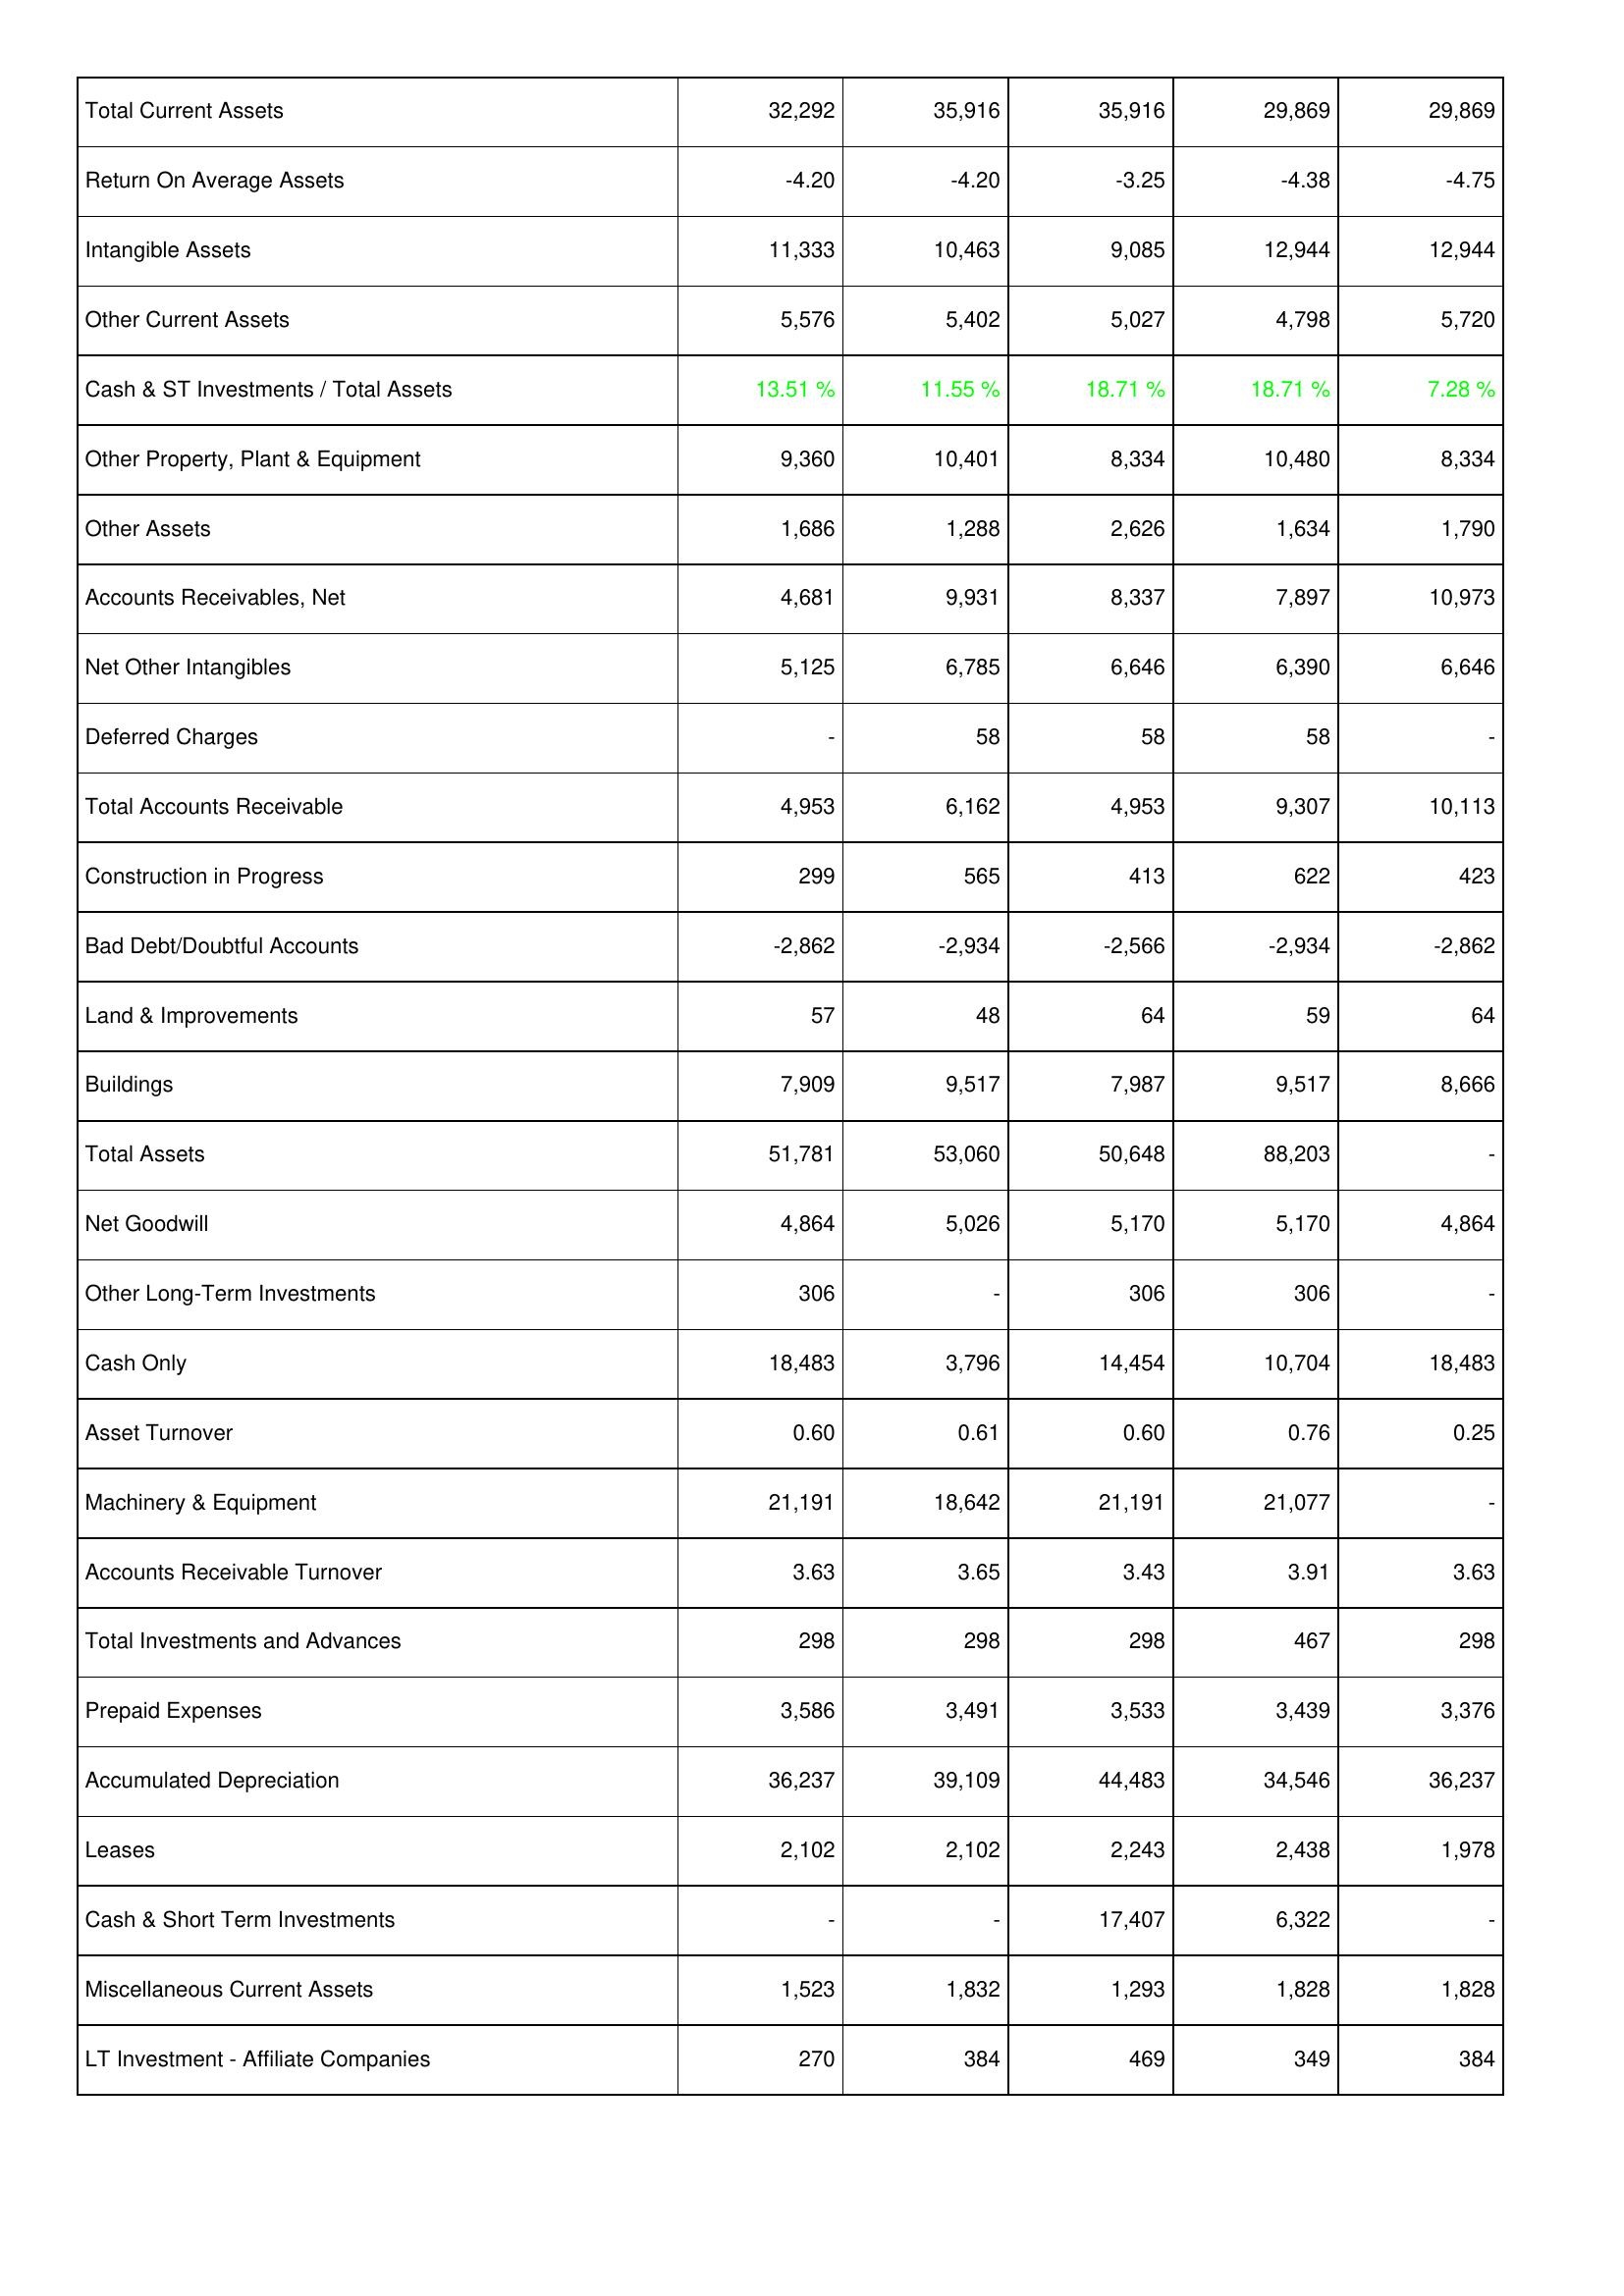
2010: Assets: Total Current Assets: 32,292
Return On Average Assets: -4.20
Intangible Assets: 11,333
Other Current Assets: 5,576
Cash & ST Investments / Total Assets: 13.51 %
Other Property, Plant & Equipment: 9,360
Other Assets: 1,686
Accounts Receivables, Net: 4,681
Net Other Intangibles: 5,125
Deferred Charges: -
Total Accounts Receivable: 4,953
Construction in Progress: 299
Bad Debt/Doubtful Accounts: -2,862
Land & Improvements: 57
Buildings: 7,909
Total Assets: 51,781
Net Goodwill: 4,864
Other Long-Term Investments: 306
Cash Only: 18,483
Asset Turnover: 0.60
Machinery & Equipment: 21,191
Accounts Receivable Turnover: 3.63
Total Investments and Advances: 298
Prepaid Expenses: 3,586
Accumulated Depreciation: 36,237
Leases: 2,102
Cash & Short Term Investments: -
Miscellaneous Current Assets: 1,523
LT Investment - Affiliate Companies: 270
2009: Assets: Total Current Assets: 35,916
Return On Average Assets: -4.20
Intangible Assets: 10,463
Other Current Assets: 5,402
Cash & ST Investments / Total Assets: 11.55 %
Other Property, Plant & Equipment: 10,401
Other Assets: 1,288
Accounts Receivables, Net: 9,931
Net Other Intangibles: 6,785
Deferred Charges: 58
Total Accounts Receivable: 6,162
Construction in Progress: 565
Bad Debt/Doubtful Accounts: -2,934
Land & Improvements: 48
Buildings: 9,517
Total Assets: 53,060
Net Goodwill: 5,026
Other Long-Term Investments: -
Cash Only: 3,796
Asset Turnover: 0.61
Machinery & Equipment: 18,642
Accounts Receivable Turnover: 3.65
Total Investments and Advances: 298
Prepaid Expenses: 3,491
Accumulated Depreciation: 39,109
Leases: 2,102
Cash & Short Term Investments: -
Miscellaneous Current Assets: 1,832
LT Investment - Affiliate Companies: 384
2008: Assets: Total Current Assets: 35,916
Return On Average Assets: -3.25
Intangible Assets: 9,085
Other Current Assets: 5,027
Cash & ST Investments / Total Assets: 18.71 %
Other Property, Plant & Equipment: 8,334
Other Assets: 2,626
Accounts Receivables, Net: 8,337
Net Other Intangibles: 6,646
Deferred Charges: 58
Total Accounts Receivable: 4,953
Construction in Progress: 413
Bad Debt/Doubtful Accounts: -2,566
Land & Improvements: 64
Buildings: 7,987
Total Assets: 50,648
Net Goodwill: 5,170
Other Long-Term Investments: 306
Cash Only: 14,454
Asset Turnover: 0.60
Machinery & Equipment: 21,191
Accounts Receivable Turnover: 3.43
Total Investments and Advances: 298
Prepaid Expenses: 3,533
Accumulated Depreciation: 44,483
Leases: 2,243
Cash & Short Term Investments: 17,407
Miscellaneous Current Assets: 1,293
LT Investment - Affiliate Companies: 469
2007: Assets: Total Current Assets: 29,869
Return On Average Assets: -4.38
Intangible Assets: 12,944
Other Current Assets: 4,798
Cash & ST Investments / Total Assets: 18.71 %
Other Property, Plant & Equipment: 10,480
Other Assets: 1,634
Accounts Receivables, Net: 7,897
Net Other Intangibles: 6,390
Deferred Charges: 58
Total Accounts Receivable: 9,307
Construction in Progress: 622
Bad Debt/Doubtful Accounts: -2,934
Land & Improvements: 59
Buildings: 9,517
Total Assets: 88,203
Net Goodwill: 5,170
Other Long-Term Investments: 306
Cash Only: 10,704
Asset Turnover: 0.76
Machinery & Equipment: 21,077
Accounts Receivable Turnover: 3.91
Total Investments and Advances: 467
Prepaid Expenses: 3,439
Accumulated Depreciation: 34,546
Leases: 2,438
Cash & Short Term Investments: 6,322
Miscellaneous Current Assets: 1,828
LT Investment - Affiliate Companies: 349
2006: Assets: Total Current Assets: 29,869
Return On Average Assets: -4.75
Intangible Assets: 12,944
Other Current Assets: 5,720
Cash & ST Investments / Total Assets: 7.28 %
Other Property, Plant & Equipment: 8,334
Other Assets: 1,790
Accounts Receivables, Net: 10,973
Net Other Intangibles: 6,646
Deferred Charges: -
Total Accounts Receivable: 10,113
Construction in Progress: 423
Bad Debt/Doubtful Accounts: -2,862
Land & Improvements: 64
Buildings: 8,666
Total Assets: -
Net Goodwill: 4,864
Other Long-Term Investments: -
Cash Only: 18,483
Asset Turnover: 0.25
Machinery & Equipment: -
Accounts Receivable Turnover: 3.63
Total Investments and Advances: 298
Prepaid Expenses: 3,376
Accumulated Depreciation: 36,237
Leases: 1,978
Cash & Short Term Investments: -
Miscellaneous Current Assets: 1,828
LT Investment - Affiliate Companies: 384